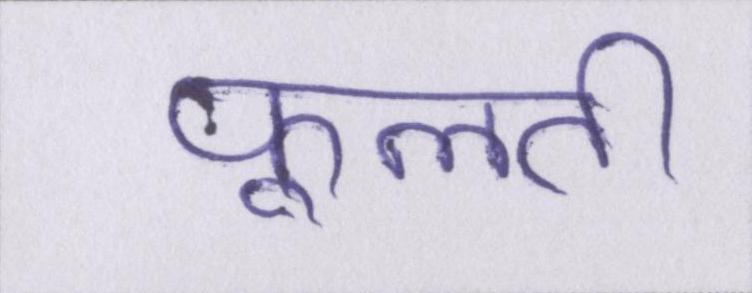
फूलती